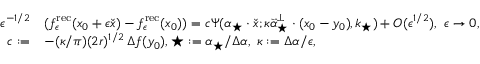
\begin{array} { r l } { \epsilon ^ { - 1 / 2 } } & { ( f _ { \epsilon } ^ { \mathrm { r e c } } ( x _ { 0 } + \epsilon \check { x } ) - f _ { \epsilon } ^ { \mathrm { r e c } } ( x _ { 0 } ) ) = c \Psi ( \alpha _ { \star } \cdot \check { x } ; \kappa \vec { \alpha } _ { \star } ^ { \perp } \cdot ( x _ { 0 } - y _ { 0 } ) , k _ { \star } ) + O ( \epsilon ^ { 1 / 2 } ) , \ \epsilon \to 0 , } \\ { c : = } & { - ( \kappa / \pi ) ( 2 r ) ^ { 1 / 2 } \, \Delta f ( y _ { 0 } ) , \k _ { \star } : = \alpha _ { \star } / \Delta \alpha , \ \kappa : = \Delta \alpha / \epsilon , } \end{array}